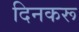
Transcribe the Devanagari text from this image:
दिनकरू